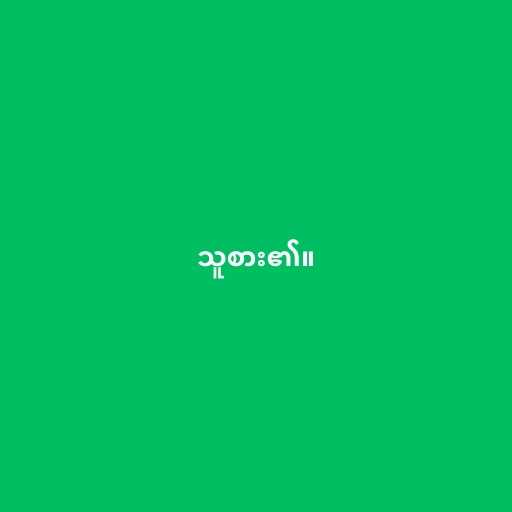
သူစား၏။